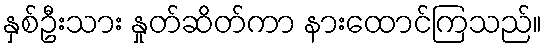
နှစ်ဦးသား နှုတ်ဆိတ်ကာ နားထောင်ကြသည်။